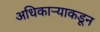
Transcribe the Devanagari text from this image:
अधिकार्‍याकडून